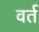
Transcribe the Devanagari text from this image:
वर्त